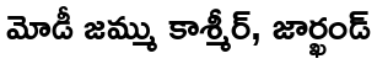
మోడీ జమ్ము కాశ్మీర్, జార్ఖండ్